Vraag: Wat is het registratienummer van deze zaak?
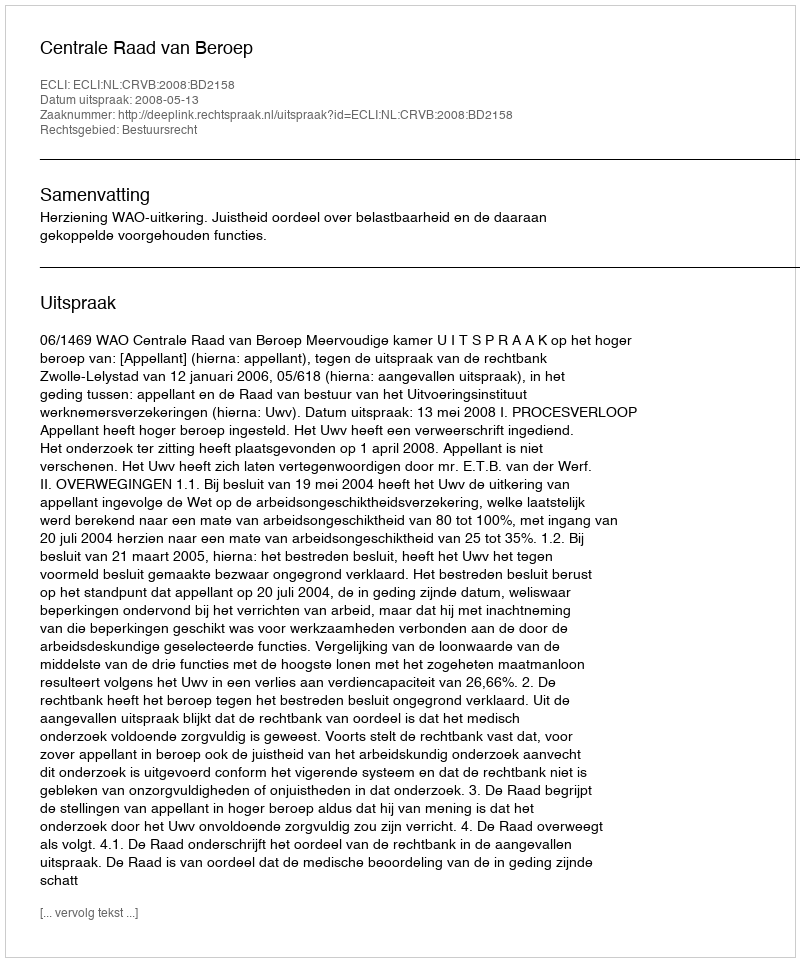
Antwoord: http://deeplink.rechtspraak.nl/uitspraak?id=ECLI:NL:CRVB:2008:BD2158